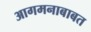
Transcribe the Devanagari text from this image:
आगमनाबाबत